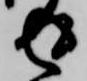
返